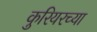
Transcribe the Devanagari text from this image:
कुरियरच्या